Scottish Leaving Certificate Examination, 1961
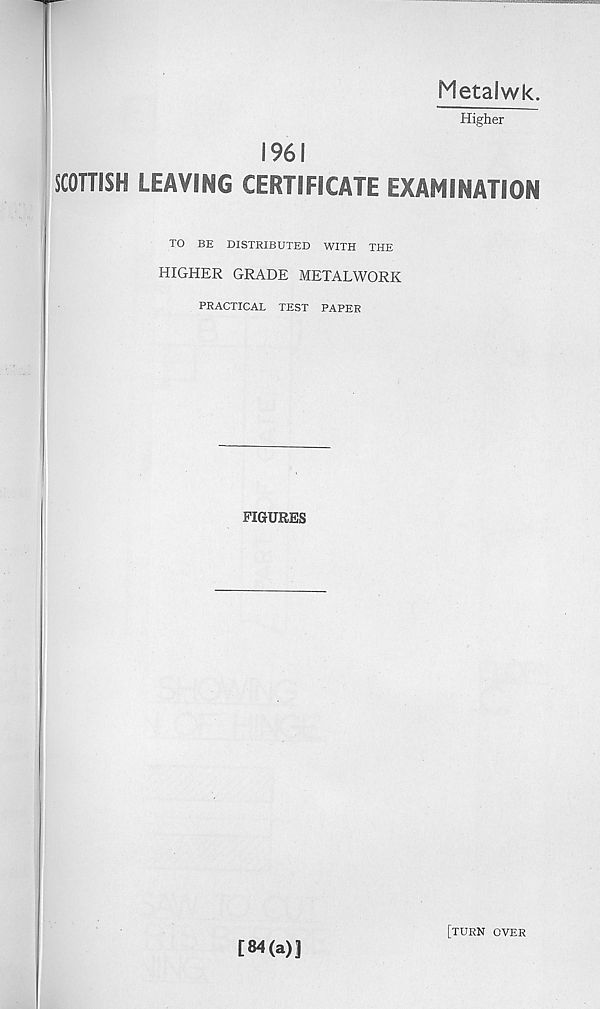
Metalwk.
Higher
1961
SCOTTISH LEAVING CERTIFICATE EXAMINATION
TO BE DISTRIBUTED WITH THE
HIGHER GRADE METALWORK
PRACTICAL TEST PAPER
FIGURES
[84(a)]
[turn over